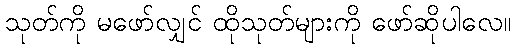
သုတ်ကို မဖော်လျှင် ထိုသုတ်များကို ဖော်ဆိုပါလေ။